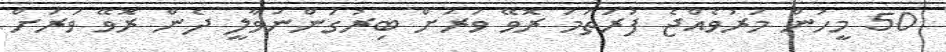
50 މީހުން މަރުވެއްޖެ ފުރަތަމަ ރޮވޭ ވަރަށް ބިރުގަންނަވާލީ ދެން ރޮވޭ ވަރަށް